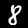
Digit: 8